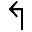
\Lsh